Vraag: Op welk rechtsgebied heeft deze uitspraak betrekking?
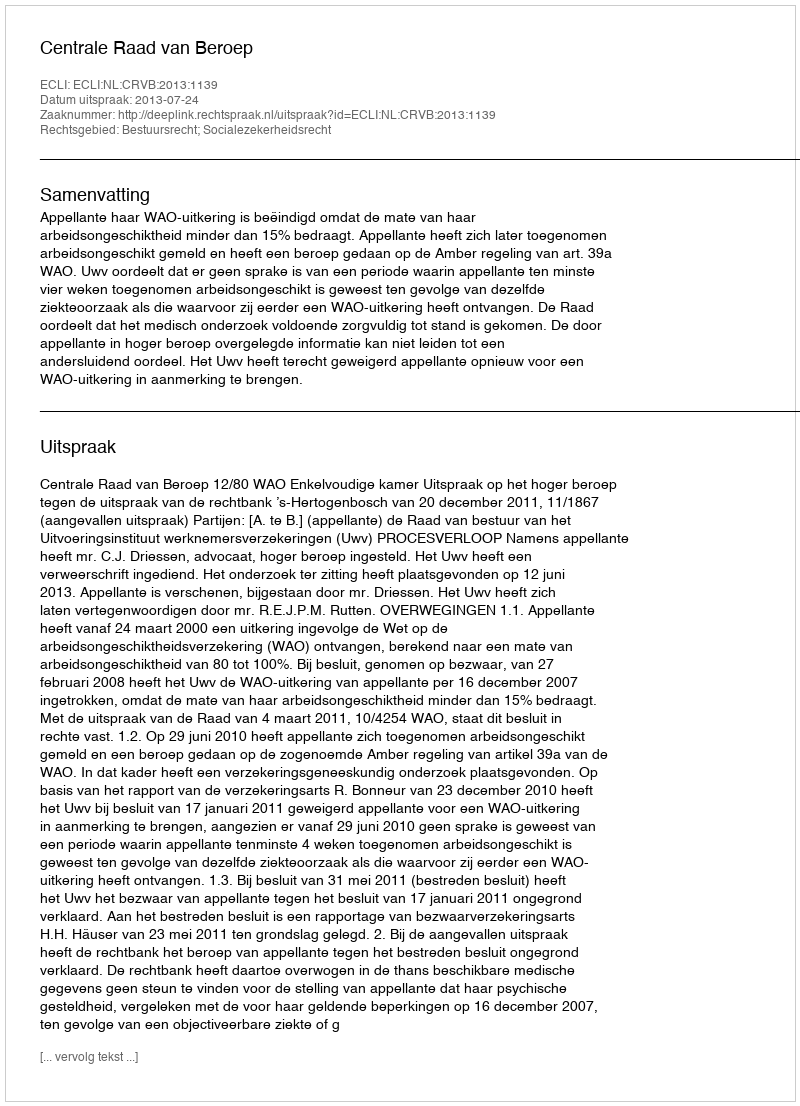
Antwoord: Bestuursrecht; Socialezekerheidsrecht